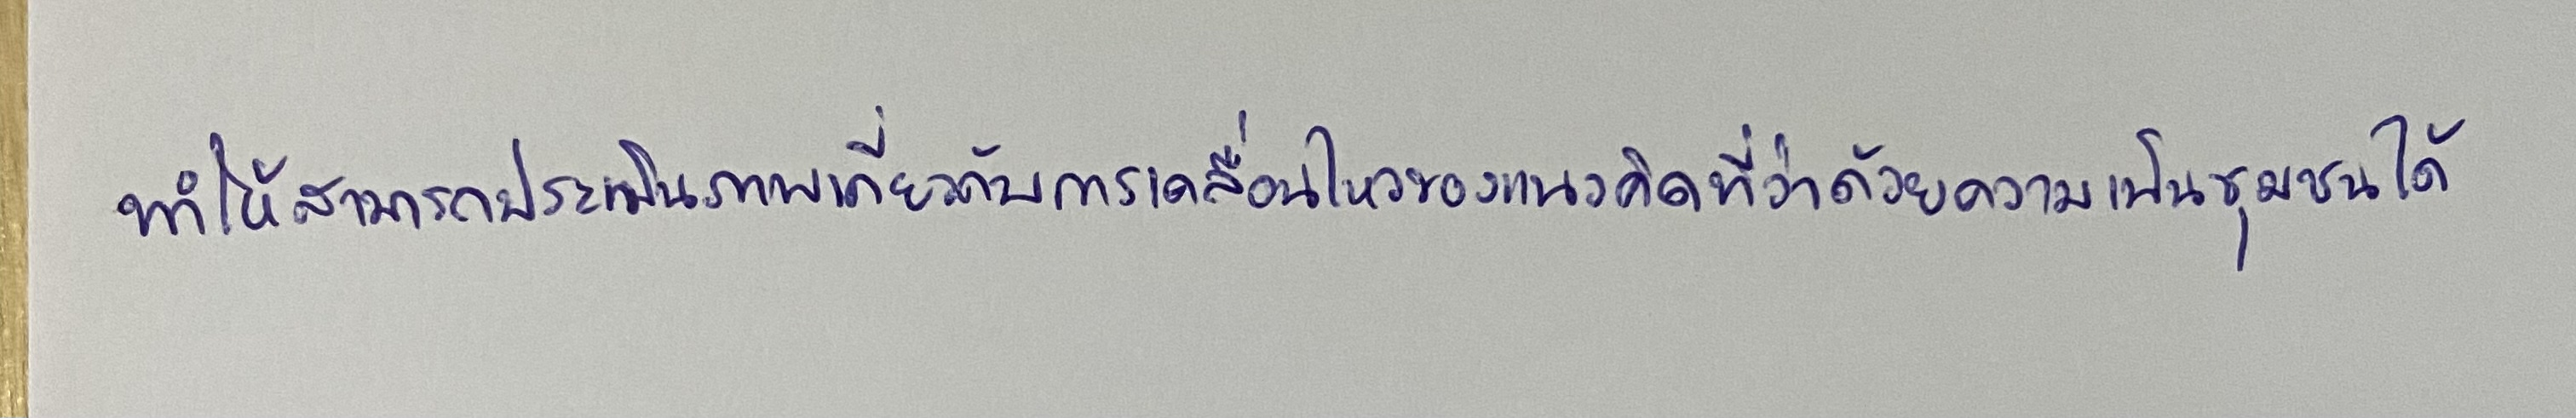
ทำให้สามารถประเมินภาพเกี่ยวกับการเคลื่อนไหวของแนวคิดที่ว่าด้วยความเป็นชุมชนได้